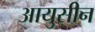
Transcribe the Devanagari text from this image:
आयुसीन